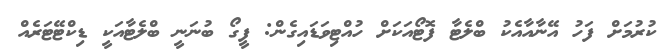
ކުރުމަށް ފަހު އޭނާއާއެކު ބްލެޓާ ފޮޓޯއަކަށް ހުއްޓިވަޑައިގެން: ފީގޯ ބުނަނީ ބްލެޓާއަކީ ޑިކްޓޭޓަރެއް